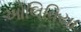
ઓલિવિયા